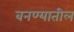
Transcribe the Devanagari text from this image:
बनण्यातील